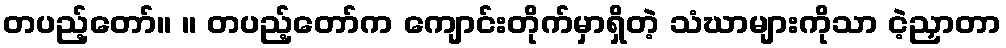
တပည့်တော်။ ။ တပည့်တော်က ကျောင်းတိုက်မှာရှိတဲ့ သံဃာများကိုသာ ငဲ့ညှာတာ